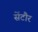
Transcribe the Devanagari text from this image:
सेंटौर